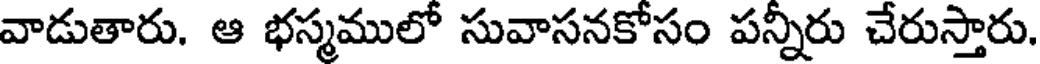
వాడుతారు. ఆ భస్మములో సువాసనకోసం పన్నీరు చేరుస్తారు